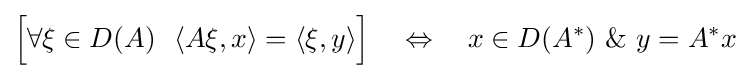
{\Bigl [}\forall \xi \in D(A)\ \ \langle A\xi ,x\rangle =\langle \xi ,y\rangle {\Bigr ]}\quad \Leftrightarrow \quad x\in D(A^{*})\ \&\ y=A^{*}x